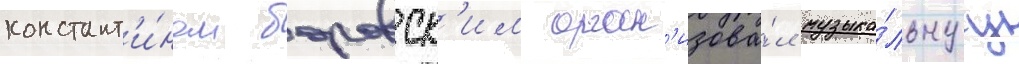
констант'и́ном боровск'им орган'изова́л музыка́льнуу